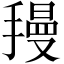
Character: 𫽺